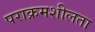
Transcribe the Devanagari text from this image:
पराक्रमशीलता